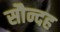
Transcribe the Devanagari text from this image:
सौन्दह